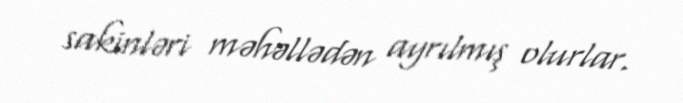
sakinləri məhəllədən ayrılmış olurlar.